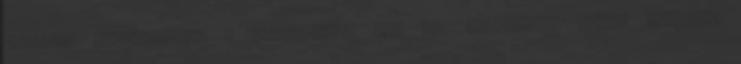
második negyedévben a negyedéves GDP 7,2 százaléka volt, szemben